Report of the Indian Hemp Drugs Commission, 1894-1895 - Volume VII
Year: 1894
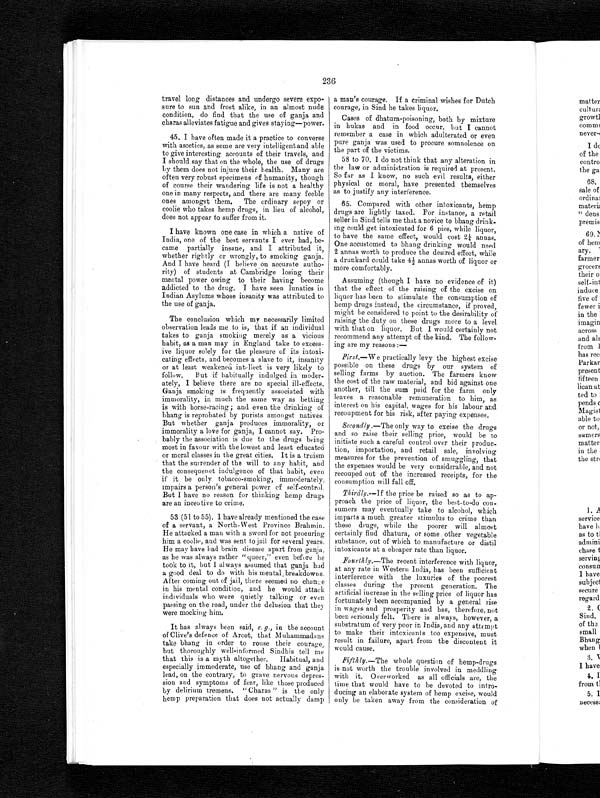
236
a man's courage. If a criminal wishes for Dutch
courage, in Sind he takes liquor.
Cases of dhatura-poisoning, both by mixture
in hukas and in food occur, but I cannot
remember a case in which adulterated or even
pure ganja was used to procure somnolence on
the part of the victims.
58 to 70. I do not think that any alteration in
the law or administration is required at present.
So far as I know, no such evil results, either
physical or moral, have presented themselves
as to justify any interference.
65. Compared with other intoxicants, hemp
drugs are lightly taxed. For instance, a retail
seller in Sind tells me that a novice to bhang drink-
ing could get intoxicated for 6 pies, while liquor,
to have the same effect, would cost 2¼ annas.
One accustomed to bhang drinking would need
2 annas worth to produce the desired effect, while
a drunkard could take 4½ annas worth of liquor or
more comfortably.
travel long distances and undergo severe expo-
sure to sun and frost alike, in an almost nude
condition, do find that the use of ganja and
charas alleviates fatigue and gives staying—power.
45. I have often made it a practice to converse
with ascetics, as some are very intelligent and able
to give interesting accounts of their travels, and
I should say that on the whole, the use of drugs
by them does not injure their health. Many are
often very robust specimens of humanity, though
of course their wandering life is not a healthy
one in many respects, and there are many feeble
ones amongst them. The ordinary sepoy or
coolie who takes hemp drugs, in lieu of alcohol,
does not appear to suffer from it.
I have known one case in which a native of
India, one of the best servants I ever had, be-
came partially insane, and I attributed it,
whether rightly or wrongly, to smoking ganja.
And I have heard (I believe on accurate autho-
rity) of students at Cambridge losing their
mental power owing to their having become
addicted to the drug. I have seen lunatics in
Indian Asylums whose insanity was attributed to
the use of ganja.
The conclusion which my necessarily limited
observation leads me to is, that if an individual
takes to ganja smoking merely as a vicious
habit, as a man may in England take to excess-
ive liquor solely for the pleasure of its intoxi-
cating effects, and becomes a slave to it, insanity
or at least weakened intellect is very likely to
follow. But if habitually indulged in moder-
ately, I believe there are no special ill-effects.
Ganja smoking is frequently associated with
immorality, in much the same way as betting
is with horse-racing ; and even the drinking of
bhang is reprobated by purists amongst natives.
But whether ganja produces immorality, or
immorality a love for ganja, I cannot say. Pro-
bably the association is due to the drugs being
most in favour with the lowest and least educated
or moral classes in the great cities. It is a truism
that the surrender of the will to any habit, and
the consequenet indulgence of that habit, even
if it be only tobacco-smoking, immoderately,
impairs a person's general power of self-control.
But I have no reason for thinking hemp drugs
are an incentive to crime.
53 (51 to 55). I have already mentioned the case
of a servant, a North-West Province Brahmin.
He attacked a man with a sword for not procuring
him a coolie, and was sent to jail for several years.
He may have had brain disease apart from ganja,
as he was always rather " queer," even before he
took to it, but always assumed that ganja had
a good deal to do with his mental breakdowns.
After coming out of jail, there seemed no change
in his mental condition, and he would attack
individuals who were quietly talking or even
passing on the road, under the delusion that they
were mocking him.
It has always been said, e. g., in the account
of Clive's defence of Arcot, that Muhammadans
take bhang in order to rouse their courage,
but thoroughly well-informed Sindhis tell me
that this is a myth altogether. Habitual, and
e s p e c i a l l y i m m o d e r a t e u s e o f b h a n g a n d g a n j a
lead, on the contrary, to grave nervous depres-
sion and symptoms of fear, like those produced
by delirium tremens. " Charas " is the only
hemp preparation that does not actually damp
Assuming (though I have no evidence of it)
that the effect of the raising of the excise on
liquor has been to stimulate the consumption of
hemp drugs instead, the circumstance, if proved,
might be considered to point to the desirability of
raising the duty on these drugs more to a level
with that on liquor. But I would certainly not
recommend any attempt of the kind. The follow-
ing are my reasons :—
First. —We practically levy the highest excise
possible on these drugs by our system of
selling farms by auction. The farmers know
the cost of the raw material, and bid against one
another, till the sum paid for the farm only
leaves a reasonable remuneration to him, as
interest on his capital, wages for his labour and
recoupment for his risk, after paying expenses.
Secondly .—The only way to excise the drugs
and so raise their selling price, would be to
initiate such a careful control over their produc-
tion, importation, and retail sale, involving
measures for the prevention of smuggling, that
the expenses would be very considerable, and not
recouped out of the increased receipts, for the
consumption will fall off.
Thirdly.—If the price be raised so as to ap-
proach the price of liquor, the best-to-do con-
sumers may eventually take to alcohol, which
imparts a much greater stimulus to crime than
these drugs, while the poorer will almost
certainly find dhatura, or some other vegetable
substance, out of which to manufacture or distil
intoxicants at a cheaper rate than liquor.
Fourthly.—The recent interference with liquor,
at any rate in Western India, has been sufficient
interference with the luxuries of the poorest
classes during the present generation. The
artificial increase in the selling price of liquor has
fortunately been accompanied by a general rise
in wages and prosperity and has, therefore, not
been seriously felt. There is always, however, a
substratum of very poor in India, and any attempt
to make their intoxicants too expensive, must
result in failure, apart from the discontent it
would cause.
Fifthly.— The whole question of hemp-drugs
is not worth the tro
uble involved in meddling with it. Overworked as all officials are, the
time that would have to be devoted to intro-
ducing an elaborate system of hemp excise, would
only be taken away from the consideration of